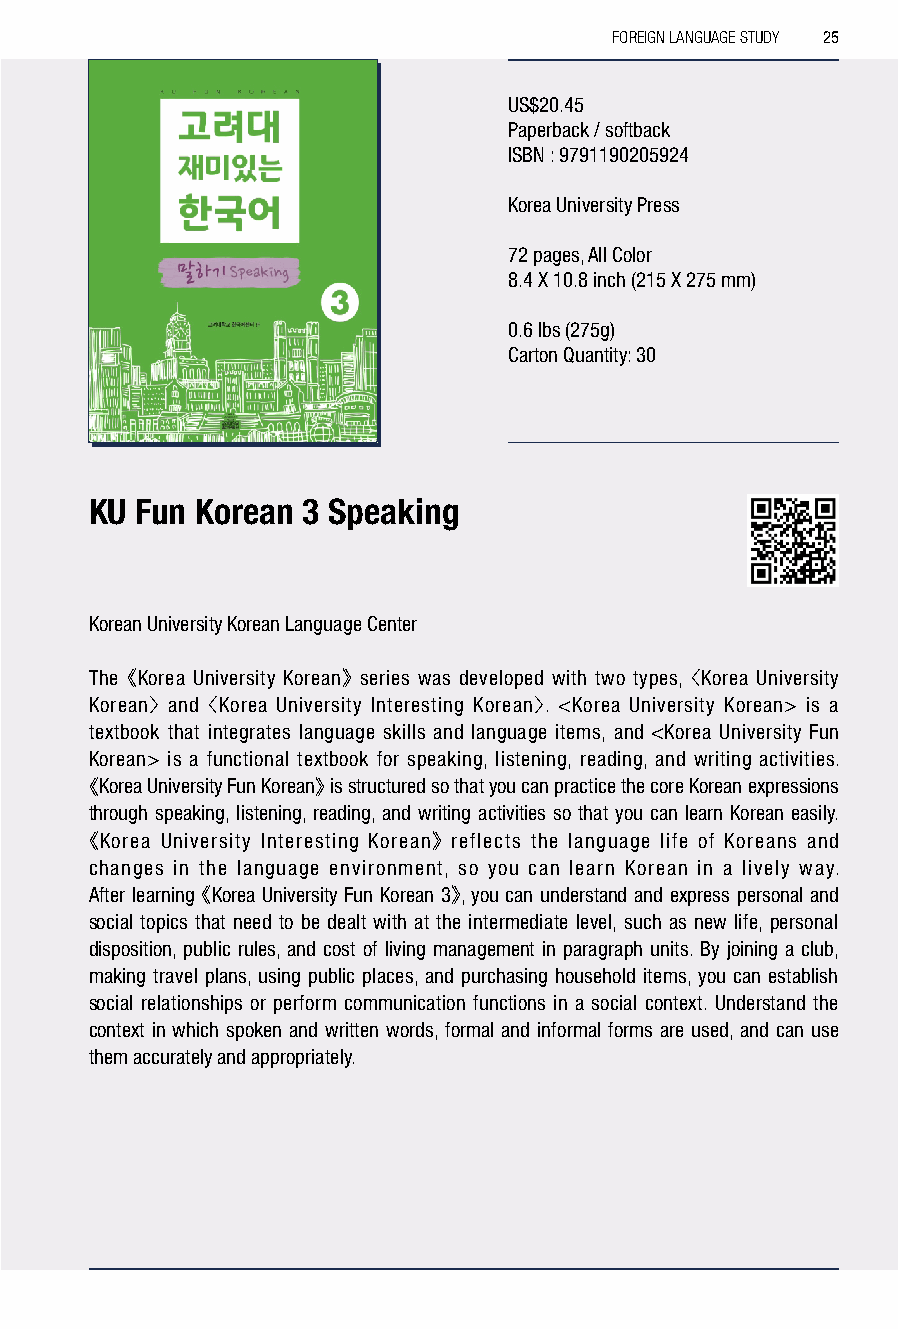
FOREIGN LANGUAGE STUDY 25
 US$20.45
 Paperback / softback
 ISBN : 9791190205924
 Korea University Press
 72 pages, All Color
 8.4 X 10.8 inch (215 X 275 mm)
 0.6 lbs (275g)
 Carton Quantity: 30
 KU Fun Korean 3 Speaking
 Korean University Korean Language Center
 The 《Korea University Korean》 series was developed with two types, 〈Korea University
 Korean〉 and 〈Korea University Interesting Korean〉. <Korea University Korean> is a
 textbook that integrates language skills and language items, and <Korea University Fun
 Korean> is a functional textbook for speaking, listening, reading, and writing activities.
 《Korea University Fun Korean》 is structured so that you can practice the core Korean expressions
 through speaking, listening, reading, and writing activities so that you can learn Korean easily.
 《Korea University Interesting Korean》 reflects the language life of Koreans and
 changes in the language environment, so you can learn Korean in a lively way.
 After learning 《Korea University Fun Korean 3》, you can understand and express personal and
 social topics that need to be dealt with at the intermediate level, such as new life, personal
 disposition, public rules, and cost of living management in paragraph units. By joining a club,
 making travel plans, using public places, and purchasing household items, you can establish
 social relationships or perform communication functions in a social context. Understand the
 context in which spoken and written words, formal and informal forms are used, and can use
 them accurately and appropriately.